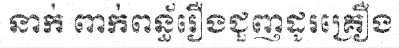
នាក់ ពាក់ពន្ធ័រឿងជួញដូរគ្រឿង